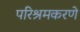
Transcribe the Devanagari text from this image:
परिश्रमकरणे